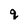
Character: q